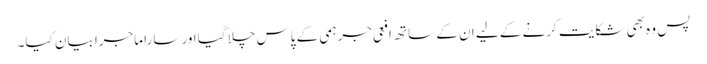
پس وہ بھی شکایت کرنے کے لیے ان کے ساتھ افعی جرہمی کے پاس چلا گیااور سارا ماجرا بیان کیا۔